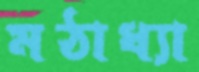
মঠাধ্যা